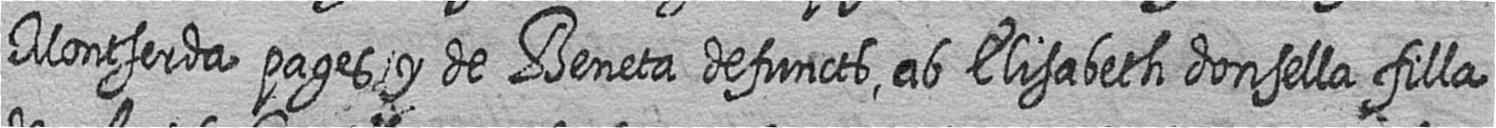
Montserda pages y de Beneta defuncts ab Elisabeth donsella filla